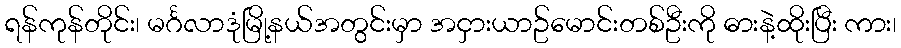
ရန်ကုန်တိုင်း၊ မင်္ဂလာဒုံမြို့နယ်အတွင်းမှာ အငှားယာဥ်မောင်းတစ်ဦးကို ဓားနဲ့ထိုးပြီး ကား၊